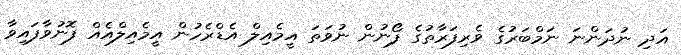
އަދި ނުދަންނަ ނަމްބަރުގެ ވެރިފަރާތުގެ ފޯނުން ނުވަތަ އީމެއިލް އެޑްރެހުން އީމެއިލްއެއް ފޮނުވާފައިވާ